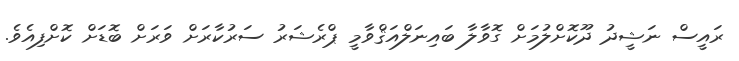
ރައީސް ނަޝީދު ދޫކޮށްލުމަށް ގޮވާލާ ބައިނަލްއަޤްވާމީ ޕްރެޝަރު ސަރުކާރަށް ވަރަށް ބޮޑަށް ކޮށްފިއެވެ.